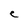
Character: e